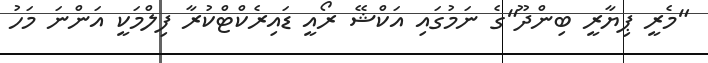
"މެރީ ޕިޔާރީ ބިންދޫ"ގެ ނަމުގައި އަކްޝޭ ރޯއީ ޑައިރެކްޓްކުރާ ފިލްމަކީ އަންނަ މަހު